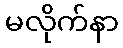
မလိုက်နာ